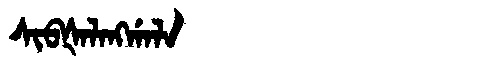
Manchu: ᠰᡳᠪᡧᠠᠯᠠᠩᡤᠠᠯᠠ
Romanization: SIBŠALANGGALA